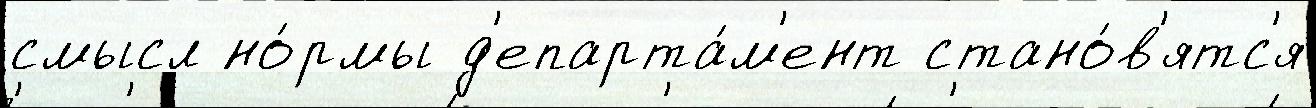
смысл но́рмы д'епарта́м'ент стано́в'ятс'я